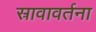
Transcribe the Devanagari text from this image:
स्रावावर्तना